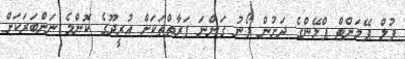
ފުލް ޕޭމަންޓް ޕްލޭންގެ ދަށުން ފޯނު ގަންނަ ފަރާތްތަކަށް އުރީދޫގެ ކޮންމެ ނަންބަރަކަށް